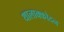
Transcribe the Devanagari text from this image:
थालाक्कोदन